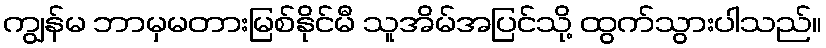
ကျွန်မ ဘာမှမတားမြစ်နိုင်မီ သူအိမ်အပြင်သို့ ထွက်သွားပါသည်။